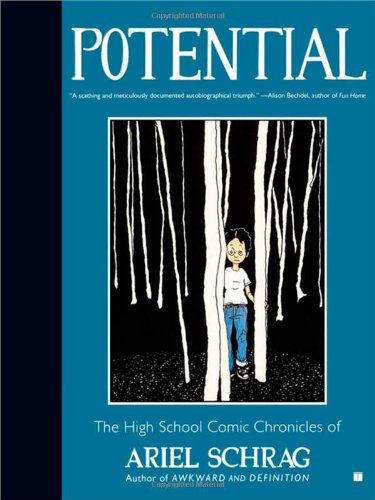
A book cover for Potential: The High School Comic Chronicles of Ariel Schrag (High School Chronicles of Ariel Schrag); Ariel Schrag; Comics & Graphic Novels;